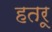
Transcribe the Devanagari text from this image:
हतरू